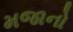
મજાનો